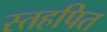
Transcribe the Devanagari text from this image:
स्तहपित